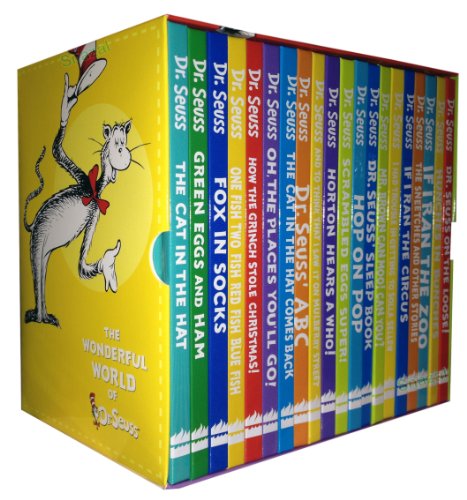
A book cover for Dr Seuss Collection 20 Books Set Pack (The Cat in the Hat, Green Eggs and Ham, Fox in Socks, One Fish Two Fish Red Fish Blue Fish, How the Grinch Stole Christmas!, Oh the Places You'll Go!, the Cat in the Hat Comes Back, Dr. Seuss' Abc, Dr. Seuss ..); Dr. Seuss; Literature & Fiction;